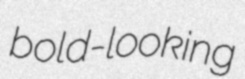
bold-looking